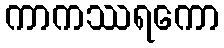
ကာကဿရကော